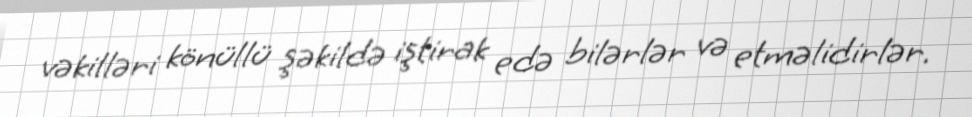
vəkilləri könüllü şəkildə iştirak edə bilərlər və etməlidirlər.